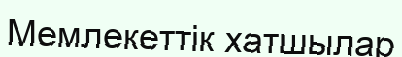
Мемлекеттік хатшылар